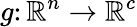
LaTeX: g\colon\mathbb{R}^{n}\rightarrow\mathbb{R}^{c}